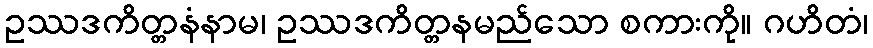
ဥဿဒကိတ္တနံနာမ၊ ဥဿဒကိတ္တနမည်သော စကားကို။ ဂဟိတံ၊